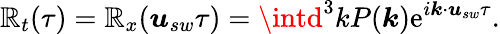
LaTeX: \mathbb{R}_{t}(\tau)=\mathbb{R}_{x}(\boldsymbol{u}_{sw}\tau)=\intd^{3}kP(\boldsymbol{k})\mathrm{e}^{i\boldsymbol{k}\cdot\boldsymbol{u}_{sw}\tau}.